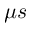
\mu s